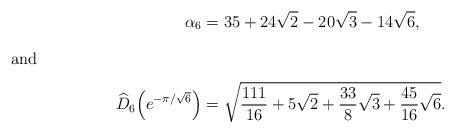
LaTeX: \begin{align*}\alpha_6 &= 35+24\sqrt{2}-20\sqrt{3}-14\sqrt{6},\\\intertext{and}\widehat{D}_6\!\left(e^{-\pi/\sqrt{6}}\right)&=\sqrt{\frac{111}{16}+5\sqrt{2}+\frac{33}{8}\sqrt{3}+\frac{45}{16}\sqrt{6}}.\end{align*}